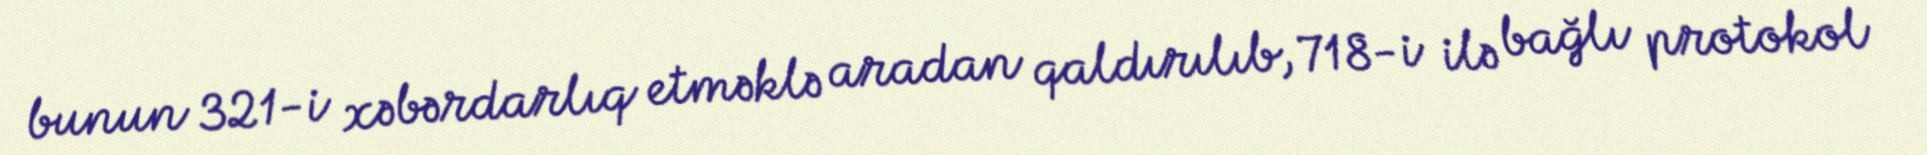
bunun 321-i xəbərdarlıq etməklə aradan qaldırılıb, 718-i ilə bağlı protokol